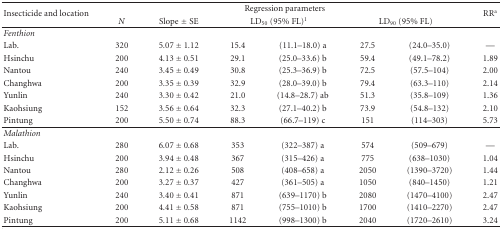
<table><thead><tr><td rowspan="2"><b>Insecticide and location</b></td><td colspan="6"><b>Regression parameters</b></td><td rowspan="2"><b>RR<sup>a</sup></b></td></tr><tr><td><b><i>N</i></b></td><td><b>Slope ± SE</b></td><td colspan="2"><b>LD<sub>50</sub> (95% FL)<sup>1</sup></b></td><td colspan="2"><b>LD<sub>90</sub> (95% FL) </b></td></tr></thead><tbody><tr><td><i>Fenthion</i></td><td></td><td></td><td colspan="2"></td><td colspan="2"></td><td></td></tr><tr><td>Lab.</td><td>320</td><td>5.07 ± 1.12</td><td>15.4</td><td>(11.1–18.0) a</td><td>27.5</td><td>(24.0–35.0)</td><td>—</td></tr><tr><td>Hsinchu</td><td>200</td><td>4.13 ± 0.51</td><td>29.1</td><td>(25.0–33.6) b</td><td>59.4</td><td>(49.1–78.2)</td><td>1.89</td></tr><tr><td>Nantou</td><td>240</td><td>3.45 ± 0.49</td><td>30.8</td><td>(25.3–36.9) b</td><td>72.5</td><td>(57.5–104)</td><td>2.00</td></tr><tr><td>Changhwa</td><td>200</td><td>3.35 ± 0.39</td><td>32.9</td><td>(28.0–39.0) b</td><td>79.4</td><td>(63.3–110)</td><td>2.14</td></tr><tr><td>Yunlin</td><td>240</td><td>3.30 ± 0.42</td><td>21.0</td><td>(14.8–28.7) ab</td><td>51.3</td><td>(35.8–109)</td><td>1.36</td></tr><tr><td>Kaohsiung</td><td>152</td><td>3.56 ± 0.64</td><td>32.3</td><td>(27.1–40.2) b</td><td>73.9</td><td>(54.8–132)</td><td>2.10</td></tr><tr><td>Pintung</td><td>200</td><td>5.50 ± 0.74</td><td>88.3</td><td>(66.7–119) c</td><td>151</td><td>(114–303)</td><td>5.73</td></tr><tr><td><i>Malathion</i></td><td></td><td></td><td></td><td></td><td></td><td></td><td></td></tr><tr><td>Lab.</td><td>280</td><td>6.07 ± 0.68</td><td>353</td><td>(322–387) a</td><td>574</td><td>(509–679)</td><td>—</td></tr><tr><td>Hsinchu</td><td>200</td><td>3.94 ± 0.48</td><td>367</td><td>(315–426) a</td><td>775</td><td>(638–1030)</td><td>1.04</td></tr><tr><td>Nantou</td><td>280</td><td>2.12 ± 0.26</td><td>508</td><td>(408–658) a</td><td>2050</td><td>(1390–3720)</td><td>1.44</td></tr><tr><td>Changhwa</td><td>200</td><td>3.27 ± 0.37</td><td>427</td><td>(361–505) a</td><td>1050</td><td>(840–1450)</td><td>1.21</td></tr><tr><td>Yunlin</td><td>240</td><td>3.40 ± 0.41</td><td>871</td><td>(639–1170) b</td><td>2080</td><td>(1470–4100)</td><td>2.47</td></tr><tr><td>Kaohsiung</td><td>200</td><td>4.41 ± 0.58</td><td>871</td><td>(755–1010) b</td><td>1700</td><td>(1410–2270)</td><td>2.47</td></tr><tr><td>Pintung</td><td>200</td><td>5.11 ± 0.68</td><td>1142</td><td>(998–1300) b</td><td>2040</td><td>(1720–2610)</td><td>3.24</td></tr></tbody></table>